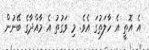
އެ އޮތީ އެ ހާލަތުގަ އެވެ. މި ވަގުތު އެ މާއްދާގެ ބޭނުން